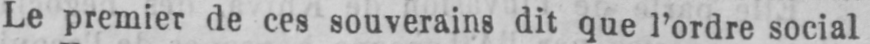
Le premier de ces souverains dit que l’ordre social